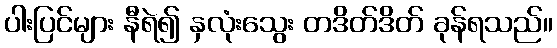
ပါးပြင်များ နီရဲ၍ နှလုံးသွေး တဒိတ်ဒိတ် ခုန်ရသည်။